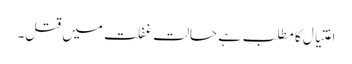
اغتیال کا مطلب ہے حالت غفلت میں قتل۔